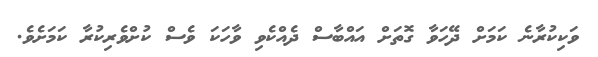
ވަކިކުރާނެ ކަމަށް ދޭހަވާ ގޮތަށް އައްބާސް ދެއްކެވި ވާހަކަ ވެސް ކުށްވެރިކުރާ ކަމަށެވެ.